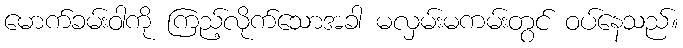
မောက်ခမ်းဝါကို ကြည့်လိုက်သောအခါ မလှမ်းမကမ်းတွင် ဝပ်နေသည်။